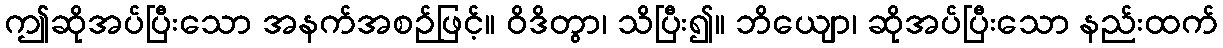
ဤဆိုအပ်ပြီးသော အနက်အစဉ်ဖြင့်။ ဝိဒိတွာ၊ သိပြီး၍။ ဘိယျော၊ ဆိုအပ်ပြီးသော နည်းထက်